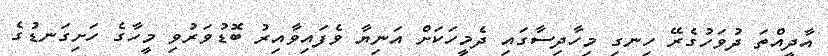
އާދީއްތަ ދުވަހުގެރޭ ހިނގި މިހާދިސާގައި ދެމީހަކަށް އަނިޔާ ވެފައިވާއިރު ބޮޑުވަރުވި މީހާގެ ހަށިގަނޑުގެ